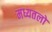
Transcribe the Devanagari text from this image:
मध्यतलों